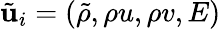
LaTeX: \tilde{\mathbf{u}}_{i}=(\tilde{\rho},\rho u,\rho v,E)